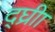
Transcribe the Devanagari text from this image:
द्घ्रीा